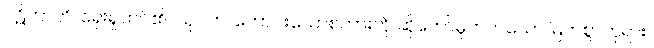
ပဋိဘာတိ၊ ရှေးရှုထင်၏။ သုဂတ၊ ကောင်းသောစကားကို ဆိုတော်မူတတ်သော မြတ်စွာဘုရား။